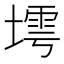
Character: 𱗫